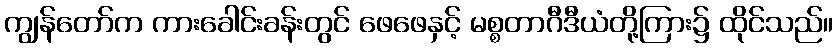
ကျွန်တော်က ကားခေါင်းခန်းတွင် ဖေဖေနှင့် မစ္စတာဂီဒီယံတို့ကြား၌ ထိုင်သည်။